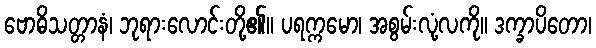
ဗောဓိသတ္တာနံ၊ ဘုရားလောင်းတို့၏။ ပရက္ကမော၊ အစွမ်းလုံ့လကို။ ဒက္ခာပိတော၊